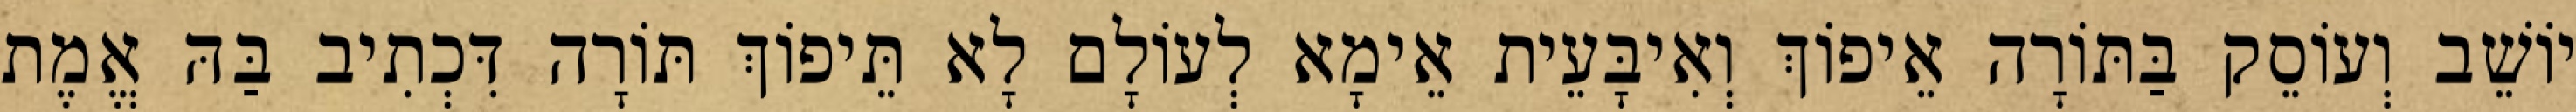
יוֹשֵׁב וְעוֹסֵק בַּתּוֹרָה אֵיפוֹךְ וְאִיבָּעֵית אֵימָא לְעוֹלָם לָא תֵּיפוֹךְ תּוֹרָה דִּכְתִיב בַּהּ אֱמֶת